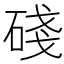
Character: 碊